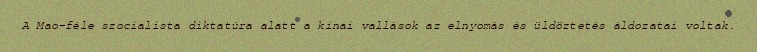
A Mao-féle szocialista diktatúra alatt a kínai vallások az elnyomás és üldöztetés áldozatai voltak.